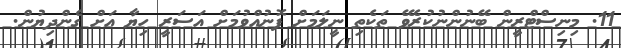
11. މިނިސްޓްރީން ބޭނުންނުކުރެވޭ ތަކެތި ނީލަމަށް ފޮނުއްވުމަށް އަސަރީ ހިޔާ އަށް ގެންދިޔުން.